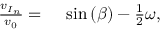
\begin{array} { r l } { \frac { { v _ { I } } _ { n } } { v _ { 0 } } = { } } & { { } \sin { ( \beta ) } - \frac { 1 } { 2 } \omega , } \end{array}